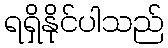
ရရှိနိုင်ပါသည်